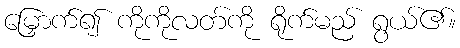
မြှောက်၍ ကိုကိုလတ်ကို ရိုက်မည် ရွယ်၏။